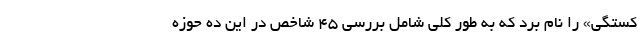
کستگی» را نام برد که به طور کلی شامل بررسی 45 شاخص در این ده حوزه